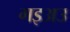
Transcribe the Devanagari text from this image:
गइअउ